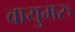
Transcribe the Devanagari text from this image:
वायुमरु